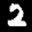
Label: 2